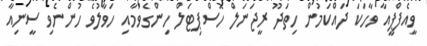
ވީއެފްޕީއާ ވާހަކަ ދައްކަމުން ހިތަދޫ ރީޖަނަލް ހޮސްޕިޓަލް ހިންގެވުމާއި ހަވާލުވެ ހުންނެވި ސީނިއާ